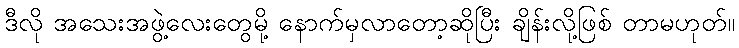
ဒီလို အသေးအဖွဲ့လေးတွေမို့ နောက်မှလာတော့ဆိုပြီး ချိန်းလို့ဖြစ် တာမဟုတ်။